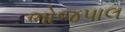
ભોજપાલ